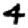
Digit: 4